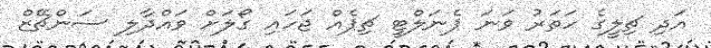
އަދި ޗިލީގެ ހަތަރު ވަނަ ޕެނަލްޓީ ޗިޕެއް ޖަހައި ގޯލަށް ވައްދާލި ސަންޗޭޒް